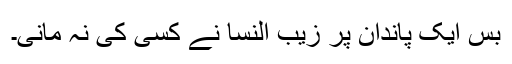
بس ایک پاندان پر زیب النسا نے کسی کی نہ مانی۔